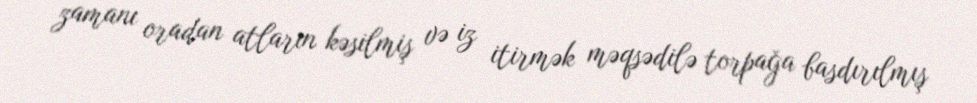
zamanı oradan atların kəsilmiş və iz itirmək məqsədilə torpağa basdırılmış